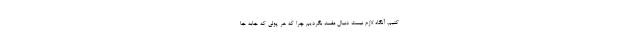
کنیم. آنگاه لازم نیست دنبال مفسد بگردیم چرا که هر پولی که جابه جا